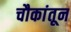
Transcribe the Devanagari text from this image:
चौकांतून